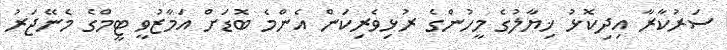
ސަރުކާރާ އިދިކޮޅު ޚިޔާލުގެ މީހުންގެ ރުޅިވެރިކަން އެންމެ ބޮޑަށް އަމާޒުވީ ޓީމްގެ މެނޭޖަރު